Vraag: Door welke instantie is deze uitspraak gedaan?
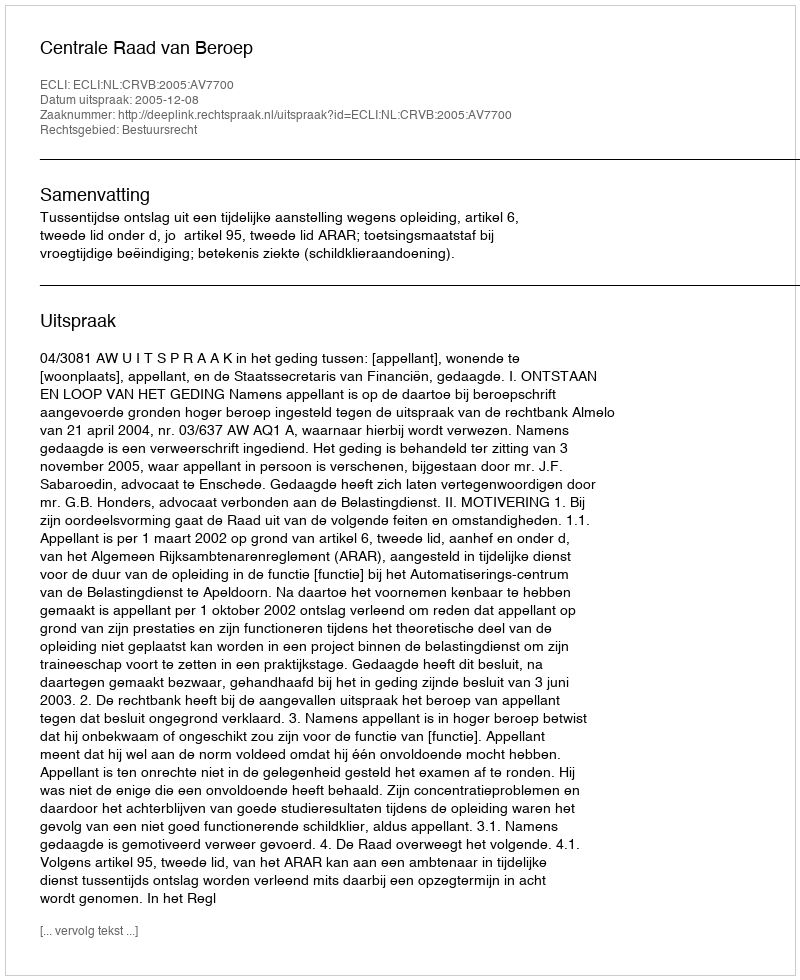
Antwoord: Centrale Raad van Beroep